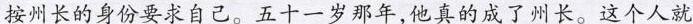
按州长的身份要求自己。五十一岁那年，他真的成了州长。这个人就